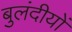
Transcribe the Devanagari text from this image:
बुलंदीयों